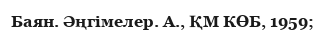
Баян. Әңгімелер. А., ҚМ КӨБ, 1959;